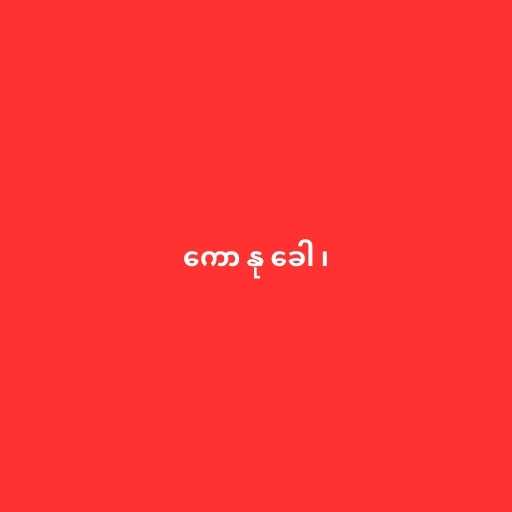
ကော နု ခေါ ၊